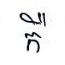
កឺ